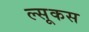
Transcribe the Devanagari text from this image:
ल्सूकस